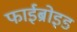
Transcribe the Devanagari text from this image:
फाईब्रोइड